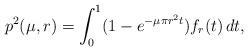
LaTeX: \begin{align*}p^2(\mu,r)=\int_0^1(1-e^{-\mu\pi r^2t})f_r(t)\,dt,\end{align*}